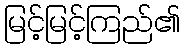
မြင့်မြင့်ကြည်၏